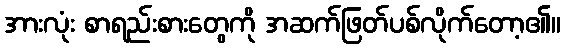
အားလုံး စာရည်းစားတွေကို အဆက်ဖြတ်ပစ်လိုက်တော့၏။